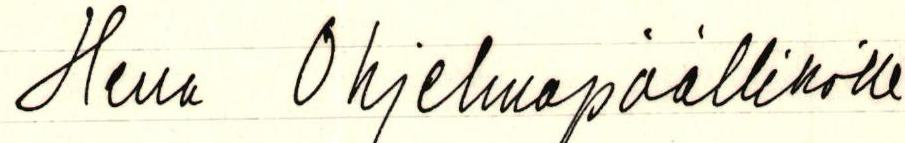
Herra Ohjelmapäällikölle